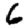
Digit: 6